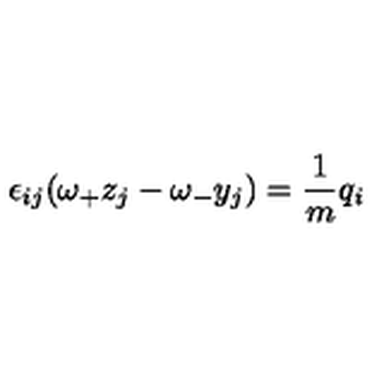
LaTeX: \epsilon _ { i j } ( \omega _ { + } z _ { j } - \omega _ { - } y _ { j } ) = \frac { 1 } { m } q _ { i }